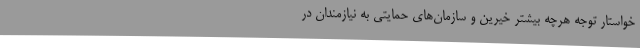
خواستار توجه هرچه بیشتر خیرین و سازمان‌های حمایتی به نیازمندان در